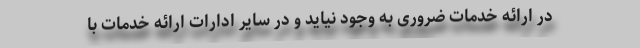
در ارائه خدمات ضروری به وجود نیاید و در سایر ادارات ارائه خدمات با